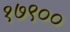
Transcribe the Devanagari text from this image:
१७९००